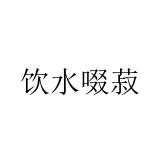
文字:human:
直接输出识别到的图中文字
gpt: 饮水啜菽